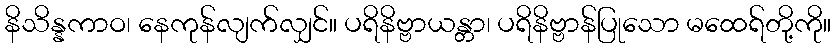
နိသိန္နကာဝ၊ နေကုန်လျက်လျှင်။ ပရိနိဗ္ဗာယန္တာ၊ ပရိနိဗ္ဗာန်ပြုသော မထေရ်တို့ကို။